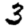
Digit: 3